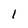
Character: I